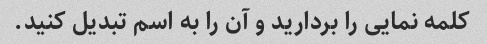
کلمه نمایی را بردارید و آن را به اسم تبدیل کنید.